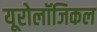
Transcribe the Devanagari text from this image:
यूरोलॉजिकल